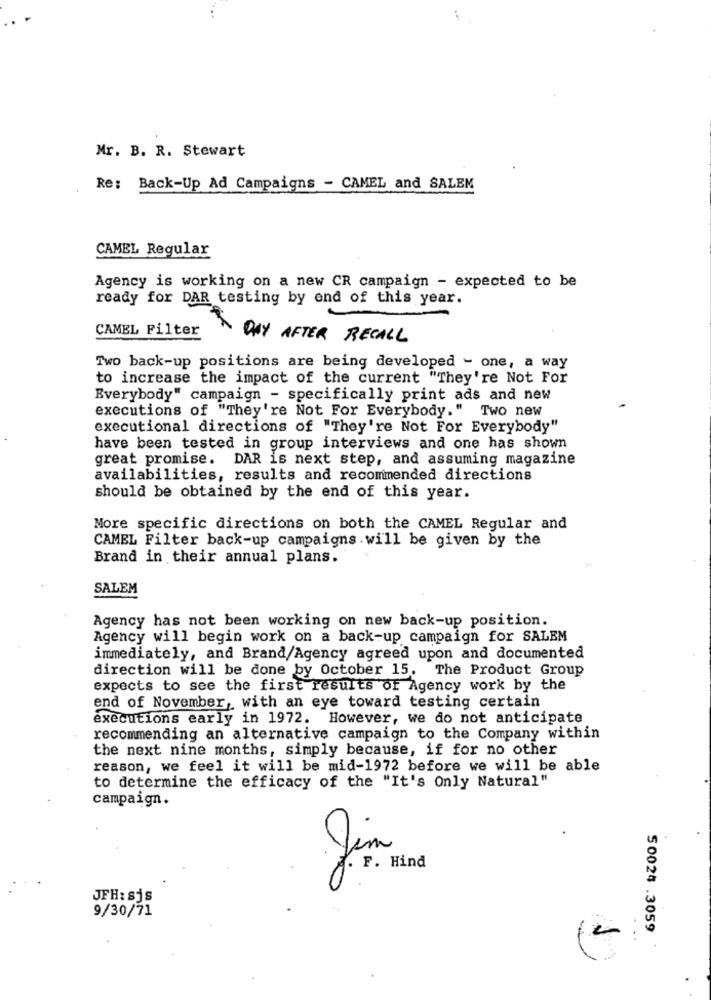
Mr. B. R. Stewart
Re: Back-Up Ad Campaigns - CAMEL and SALEM
CAMEL Regular
Agency is working on a new CR campaign - expected to be
ready for DAR testing by end of this year.
CAMEL Filter
À DAY AFTER RECALL
Two back-up positions are being developed - one, a way
to increase the impact of the current "They're Not For
Everybody" campaign - specifically print ads and new
executions of "They're Not For Everybody." Two new
executional directions of "They're Not For Everybody"
have been tested in group interviews and one has shown
great promise. DAR is next step, and assuming magazine
availabilities, results and recommended directions
should be obtained by the end of this year.
More specific directions on both the CAMEL Regular and
CAMEL Filter back-up campaigns. will be given by the
Brand in their annual plans.
SALEM
Agency has not been working on new back-up position.
Agency will begin work on a back-up campaign for SALEM
immediately, and Brand/Agency agreed upon and documented
direction will be done by October 15. The Product Group
expects to see the first results of Agency work by the
end of November, with an eye toward testing certain
executions early in 1972. However, we do not anticipate
recommending an alternative campaign to the Company within
the next nine months, simply because, if for no other
reason, we feel it will be mid-1972 before we will be able
to determine the efficacy of the "It's Only Natural"
campaign.
A. F. Hind
JFH: sjs
9/30/71
50024 .3059
: